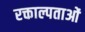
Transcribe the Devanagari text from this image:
रक्ताल्पताओं